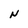
Character: N